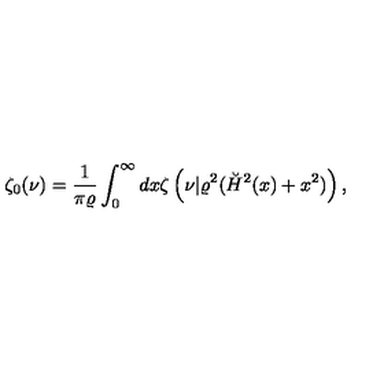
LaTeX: \zeta _ { 0 } ( \nu ) = { \frac { 1 } { \pi \varrho } } \int _ { 0 } ^ { \infty } d x \zeta \left( \nu | \varrho ^ { 2 } ( \breve { H } ^ { 2 } ( x ) + x ^ { 2 } ) \right) ,